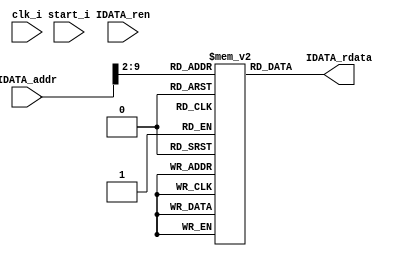
module Instruction_Memory(
	clk_i,
	start_i,
	IDATA_ren,
	IDATA_addr,
	IDATA_rdata
);
	input 		  clk_i, start_i;
	input         IDATA_ren;
	input  [31:0]  IDATA_addr;
	output [31:0] IDATA_rdata;

	reg [31:0] memory [0:255];
	assign IDATA_rdata = memory[IDATA_addr>>2];

endmodule


module Data_Memory(
	clk_i,
	start_i,
	DDATA_ren,
	DDATA_wen,
	DDATA_addr,
	DDATA_rdata,
	DDATA_wdata,
    DDATA_ready
);
	input          clk_i, start_i;
	input          DDATA_ren, DDATA_wen;
	input  [26:0]  DDATA_addr;
	input  [255:0] DDATA_wdata;
    output         DDATA_ready;
	output [255:0] DDATA_rdata;
   
    reg [1:0]   state;
    reg [3:0]   count;
    reg [255:0] data;
	reg [255:0] memory [0:511];
    
    wire ready;
    parameter MEM_IDLE = 1'b0,
              MEM_WAIT = 1'b1;

    assign DDATA_rdata = data;

    assign DDATA_ready = (state == MEM_WAIT) & (count == 4'd9);

    // Control
    always @(posedge clk_i) begin 
        if(start_i) begin 
            case(state)
                MEM_IDLE: begin 
                    if(DDATA_ren | DDATA_wen) begin 
                        state <= MEM_WAIT;
                    end
                    else begin 
                        state <= state;
                    end 
                end 
                MEM_WAIT: begin 
                    if(count == 4'd9) begin 
                        count <= 4'd0;
                        state <= MEM_IDLE;
                    end
                    else begin 
                        state <= state;
                        count <= count + 1;
                    end 
                end
                default: begin 
                    state <= MEM_IDLE;
                    count <= 4'd0;
                end 
            endcase 
        end
    end

    // read data 
    always @(*) begin 
        if(start_i & (DDATA_ready) & DDATA_ren) begin 
            data = memory[DDATA_addr];
        end
        else begin 
            data = 256'd0;
        end
    end 
	
    // write data 
    always @(posedge clk_i) begin
		if (start_i & DDATA_wen) begin
			memory[DDATA_addr] <= DDATA_wdata;
		end
	end

endmodule